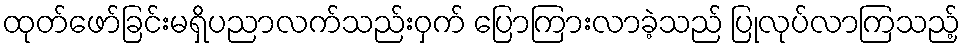
ထုတ်ဖော်ခြင်းမရှိပညာလက်သည်းဝှက် ပြောကြားလာခဲ့သည် ပြုလုပ်လာကြသည့်